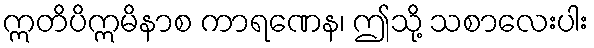
ဣတိပိဣမိနာစ ကာရဏေန၊ ဤသို့ သစာလေးပါး